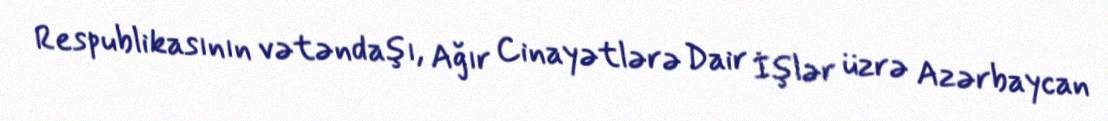
Respublikasının vətəndaşı, Ağır Cinayətlərə Dair İşlər üzrə Azərbaycan